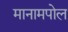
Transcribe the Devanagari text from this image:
मानामपोल